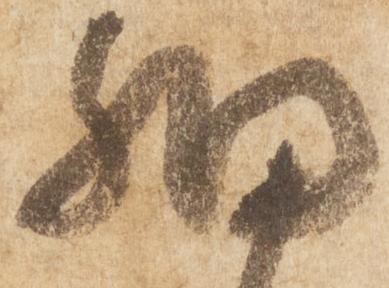
細